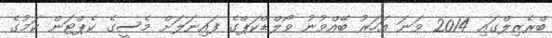
ބްރެޒިލްގައި 2014 ވަނަ އަހަރު ބޭއްވުނު ވޯލްޑްކަޕްގެ ފައިނަލަށް މެސީގެ ކެޕްޓަން ކަމުގެ